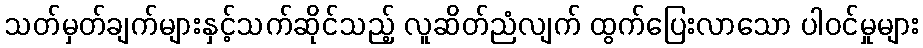
သတ်မှတ်ချက်များနှင့်သက်ဆိုင်သည့် လူဆိတ်ညံလျက် ထွက်ပြေးလာသော ပါဝင်မှုများ